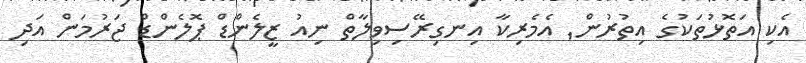
އެކި އަތޮޅުތަކުގެ އިތުރުން